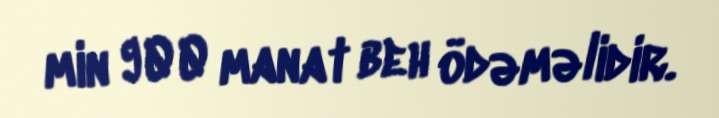
min 900 manat beh ödəməlidir.